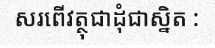
សរពើវត្ថុជាដុំជាស្និត :